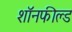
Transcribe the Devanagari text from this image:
शॉनफील्ड